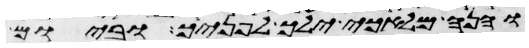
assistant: והנה מלאכי ילך לפניך וביום